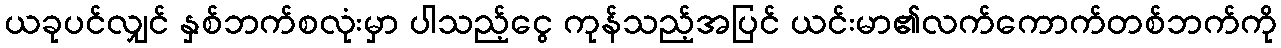
ယခုပင်လျှင် နှစ်ဘက်စလုံးမှာ ပါသည့်ငွေ ကုန်သည့်အပြင် ယင်းမာ၏လက်ကောက်တစ်ဘက်ကို